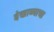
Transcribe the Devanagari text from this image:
देखाव्याचा